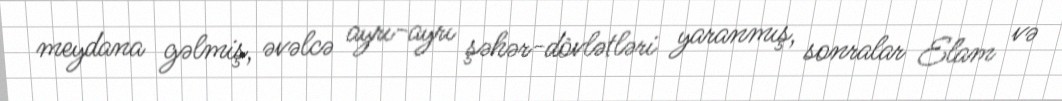
meydana gəlmiş, əvəlcə ayrı-ayrı şəhər-dövlətləri yaranmış, sonralar Elam və